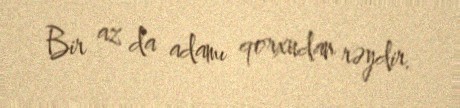
Bir az da adamı qorxudan rəydir.